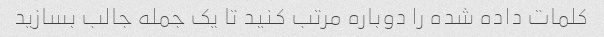
کلمات داده شده را دوباره مرتب کنید تا یک جمله جالب بسازید